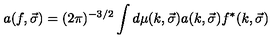
a ( f , \vec { \sigma } ) = ( 2 \pi ) ^ { - 3 / 2 } \int d \mu ( k , \vec { \sigma } ) a ( k , \vec { \sigma } ) f ^ { \ast } ( k , \vec { \sigma } )